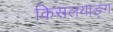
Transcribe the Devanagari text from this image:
किसलयाङ्ग